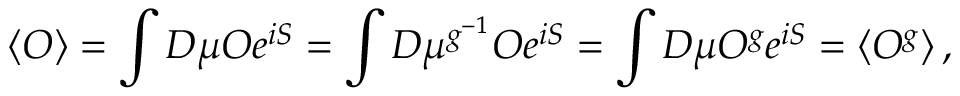
\left\langle { { \cal O } } \right\rangle = \int { \cal D } \mu { { \cal O } } e ^ { i S } = \int { \cal D } \mu ^ { g ^ { - 1 } } { { \cal O } } e ^ { i S } = \int { \cal D } \mu { { \cal O } } ^ { g } e ^ { i S } = \left\langle { { \cal O } } ^ { g } \right\rangle ,